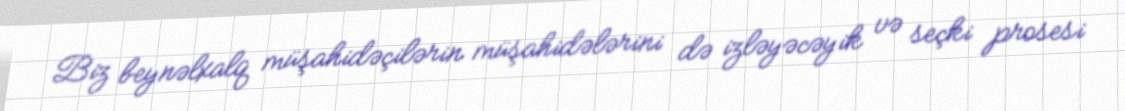
Biz beynəlxalq müşahidəçilərin müşahidələrini də izləyəcəyik və seçki prosesi